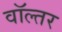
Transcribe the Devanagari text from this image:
वॉल्तर